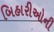
બિહારીઓની